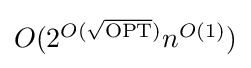
{\textstyle O(2^{O({\sqrt {\operatorname {OPT} }})}n^{O(1)})}